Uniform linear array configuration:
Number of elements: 64
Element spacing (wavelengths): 0.5
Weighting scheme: kaiser
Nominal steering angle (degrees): -30
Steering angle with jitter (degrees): -30.046
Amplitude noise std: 0.05
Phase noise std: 0.05

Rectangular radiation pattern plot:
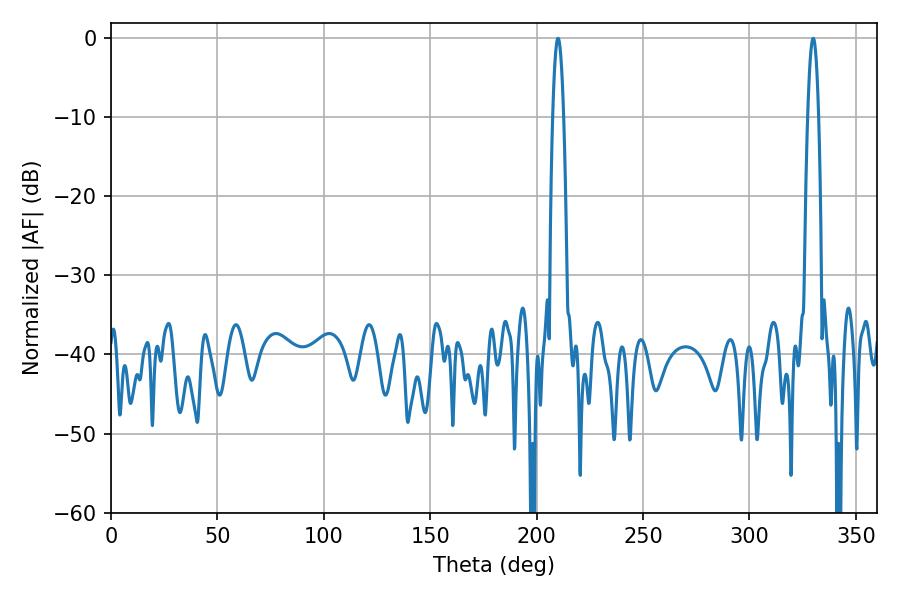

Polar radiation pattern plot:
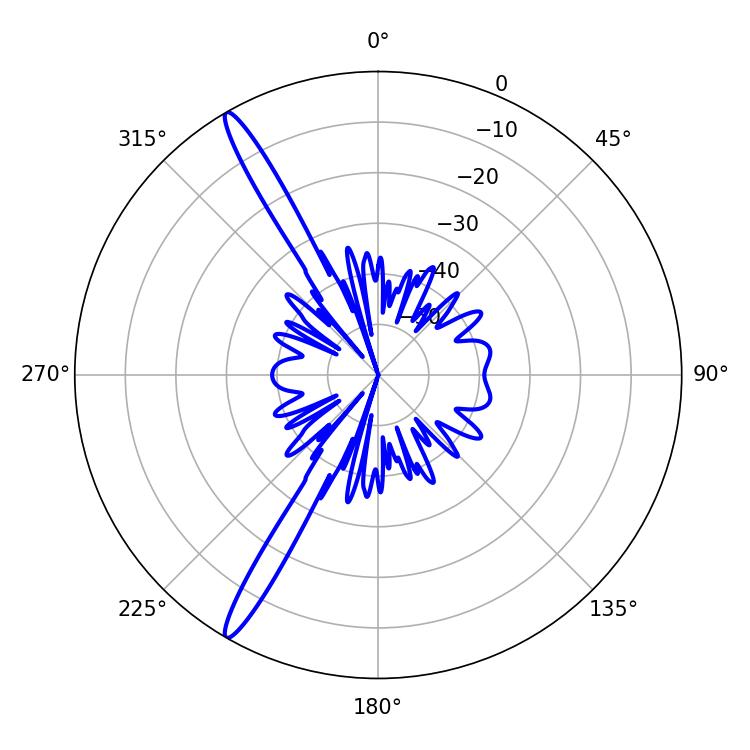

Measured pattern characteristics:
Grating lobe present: FALSE
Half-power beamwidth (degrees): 2.88
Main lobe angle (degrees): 329.94